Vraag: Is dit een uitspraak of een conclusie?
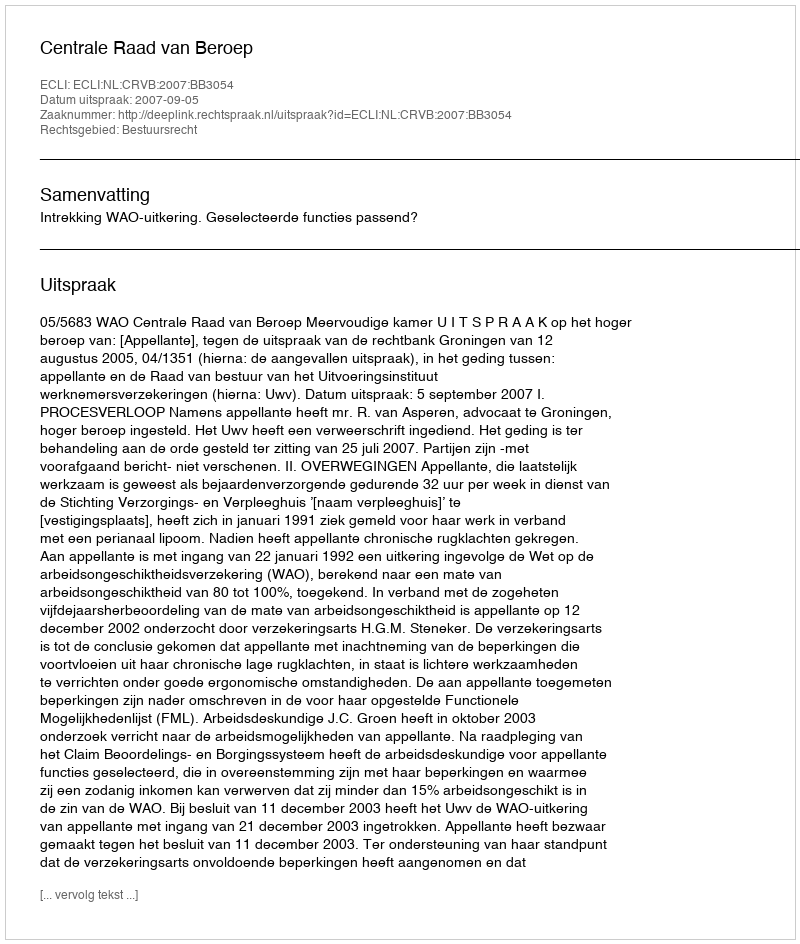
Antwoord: Uitspraak